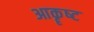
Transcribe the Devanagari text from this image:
आकॄष्‍ट